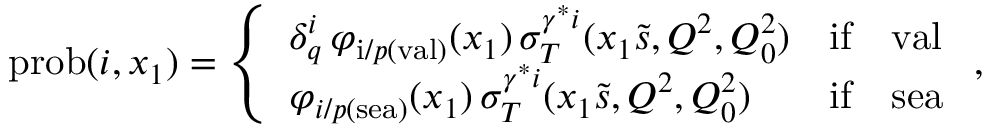
\mathrm { p r o b } ( i , x _ { 1 } ) = \left\{ \begin{array} { l l l } { { \delta _ { q } ^ { i } \, \varphi _ { \mathrm { i } / p ( \mathrm { v a l } ) } ( x _ { 1 } ) \, \sigma _ { T } ^ { \gamma ^ { * } i } ( x _ { 1 } \tilde { s } , Q ^ { 2 } , Q _ { 0 } ^ { 2 } ) } } & { { \mathrm { i f } } } & { { \mathrm { v a l } } } \\ { { \varphi _ { i / p ( \mathrm { s e a } ) } ( x _ { 1 } ) \, \sigma _ { T } ^ { \gamma ^ { * } i } ( x _ { 1 } \tilde { s } , Q ^ { 2 } , Q _ { 0 } ^ { 2 } ) } } & { { \mathrm { i f } } } & { { \mathrm { s e a } } } \end{array} \right. ,